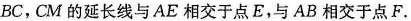
BC，CM的延长线与AE相交于点E，与AB相交于点F。